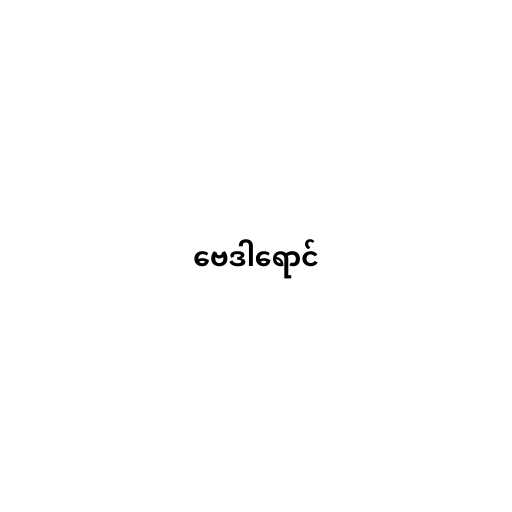
ဗေဒါရောင်